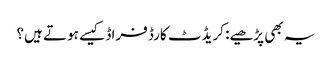
یہ بھی پڑھیے: کریڈٹ کارڈ فراڈ کیسے ہوتے ہیں؟